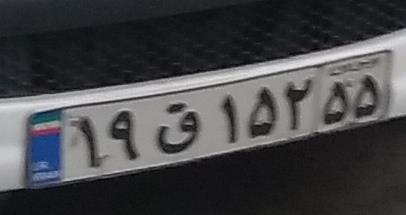
۱۹ق۱۵۲۵۵